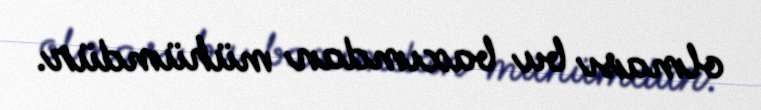
olması bu baxımdan mühümdür.